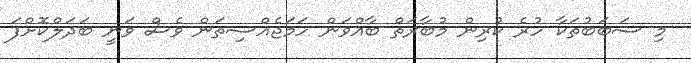
މި ސަބަބުތަކާ ހުރެ ކުރިން މުބާރަތް ބާއްވަން ހަމަޖެއްސިތަން ވެސް ވަނީ ބަދަލްކޮށްފަ